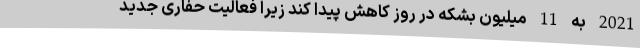
2021 به 11 میلیون بشکه در روز کاهش پیدا کند زیرا فعالیت حفاری جدید